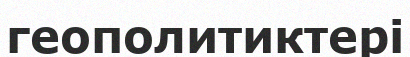
геополитиктері